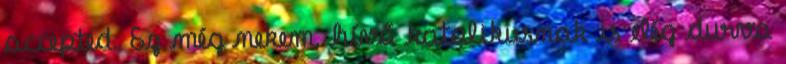
accepted. Ez még nekem, hívő katolikusnak is elég durva